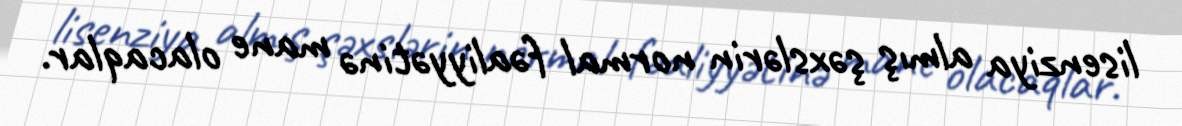
lisenziya almış şəxslərin normal fəaliyyətinə mane olacaqlar.